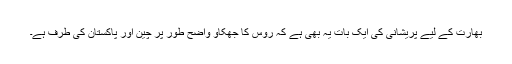
بھارت کے لیے پریشانی کی ایک بات یہ بھی ہے کہ روس کا جھکاؤ واضح طور پر چین اور پاکستان کی طرف ہے۔